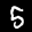
Label: 5